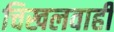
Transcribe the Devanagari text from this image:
चिखलवाही